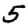
Digit: 5